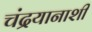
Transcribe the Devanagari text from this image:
चंद्रयानाशी